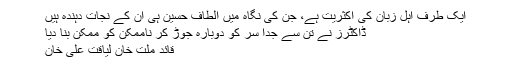
ایک طرف اہل زبان کی اکثریت ہے، جن کی نگاہ میں الطاف حسین ہی ان کے نجات دہندہ ہیں
ڈاکٹرز نے تن سے جدا سر کو دوبارہ جوڑ کر ناممکن کو ممکن بنا دیا
قائد ملت خان لیاقت علی خان